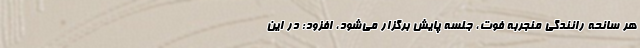
هر سانحه رانندگی منجربه فوت، جلسه پایش برگزار می‌شود، افزود: در این